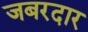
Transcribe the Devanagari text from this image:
जबरदार